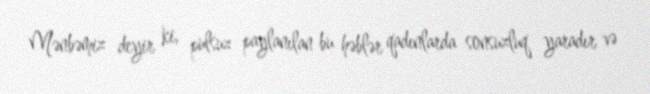
Mənbəmiz deyir ki, pulsuz paylanılan bu həblər qadınlarda sonsuzluq yaradır və